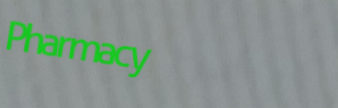
Pharmacy